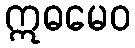
ဣဓမေဝ